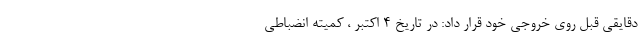
دقایقی قبل روی خروجی خود قرار داد: در تاریخ ۴ اکتبر ، کمیته انضباطی